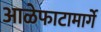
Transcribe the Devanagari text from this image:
आळेफाटामार्गे